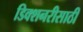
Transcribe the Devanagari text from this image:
डिक्शनरीसाठी